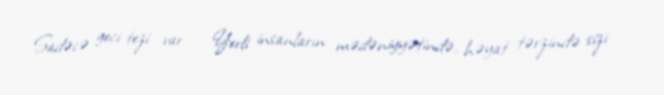
Sadəcə geci-tezi var… - Yerli insanların mədəniyyətində, həyat tərzində sizi